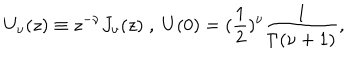
U _ { \nu } ( z ) \equiv z ^ { - \nu } J _ { \nu } ( z ) \; , \; U ( 0 ) = ( \frac { 1 } { 2 } ) ^ { \nu } \frac { 1 } { \Gamma ( \nu + 1 ) } ,